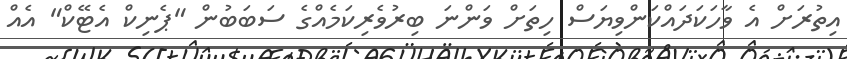
އިތުރަށް އެ ވާހަކަދައްކަންވިޔަސް ހިތަށް ވަންނަ ބިރުވެރިކަމެއްގެ ސަބަބުން "ޕެނިކް އެޓޭކް" އެއް